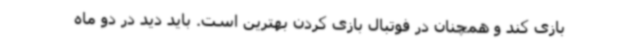
بازی کند و همچنان در فوتبال بازی کردن بهترین است. باید دید در دو ماه